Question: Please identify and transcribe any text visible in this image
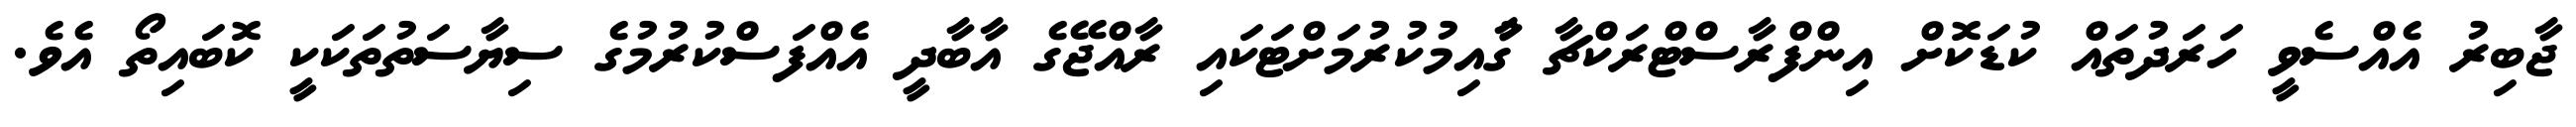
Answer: ޖާބިރު އެއްސެވީ ހަރަދުތައް ކުޑަކޮށް އިންފްރާސްޓްރަކްޗާ ގާުއިމުކުރުމަށްޓަކައި ރާއްޖޭގެ އާބާދީ އެއްފަސްކުރުމުގެ ސިޔާސަތުތަކަކީ ކޮބައިތޯ އެވެ.